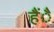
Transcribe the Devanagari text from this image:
हैंै